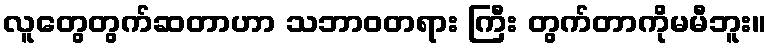
လူတွေတွက်ဆတာဟာ သဘာဝတရား ကြီး တွက်တာကိုမမီဘူး။